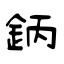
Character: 鈵